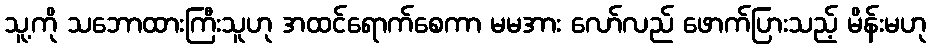
သူ့ကို သဘောထားကြီးသူဟု အထင်ရောက်စေကာ မမအား လော်လည် ဖောက်ပြားသည့် မိန်းမဟု